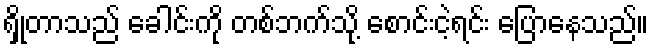
ရှိုတာသည် ခေါင်းကို တစ်ဘက်သို့ စောင်းငဲ့ရင်း ပြောနေသည်။